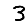
Digit: 3